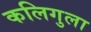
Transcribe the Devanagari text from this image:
कलिगुला